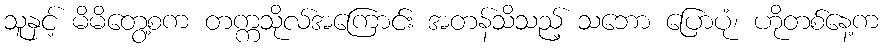
သူနှင့် မိမိတွေ့စက တက္ကသိုလ်အကြောင်း အတန်သိသည့် သဘော ပြောပုံ၊ ဟိုတစ်နေ့က